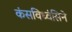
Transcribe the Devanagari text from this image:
कंसविध्वंसिने